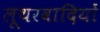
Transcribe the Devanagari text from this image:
लूथरवादियों